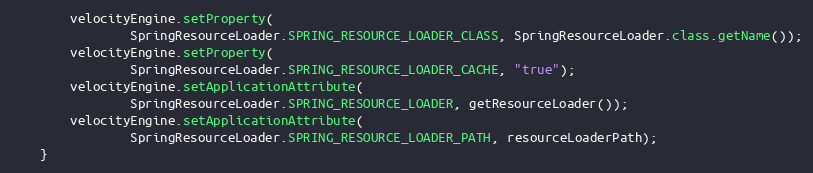
Language: Java
		velocityEngine.setProperty(
				SpringResourceLoader.SPRING_RESOURCE_LOADER_CLASS, SpringResourceLoader.class.getName());
		velocityEngine.setProperty(
				SpringResourceLoader.SPRING_RESOURCE_LOADER_CACHE, "true");
		velocityEngine.setApplicationAttribute(
				SpringResourceLoader.SPRING_RESOURCE_LOADER, getResourceLoader());
		velocityEngine.setApplicationAttribute(
				SpringResourceLoader.SPRING_RESOURCE_LOADER_PATH, resourceLoaderPath);
	}